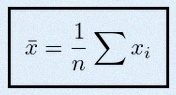
\bar{x}=\frac1n\sum x_i